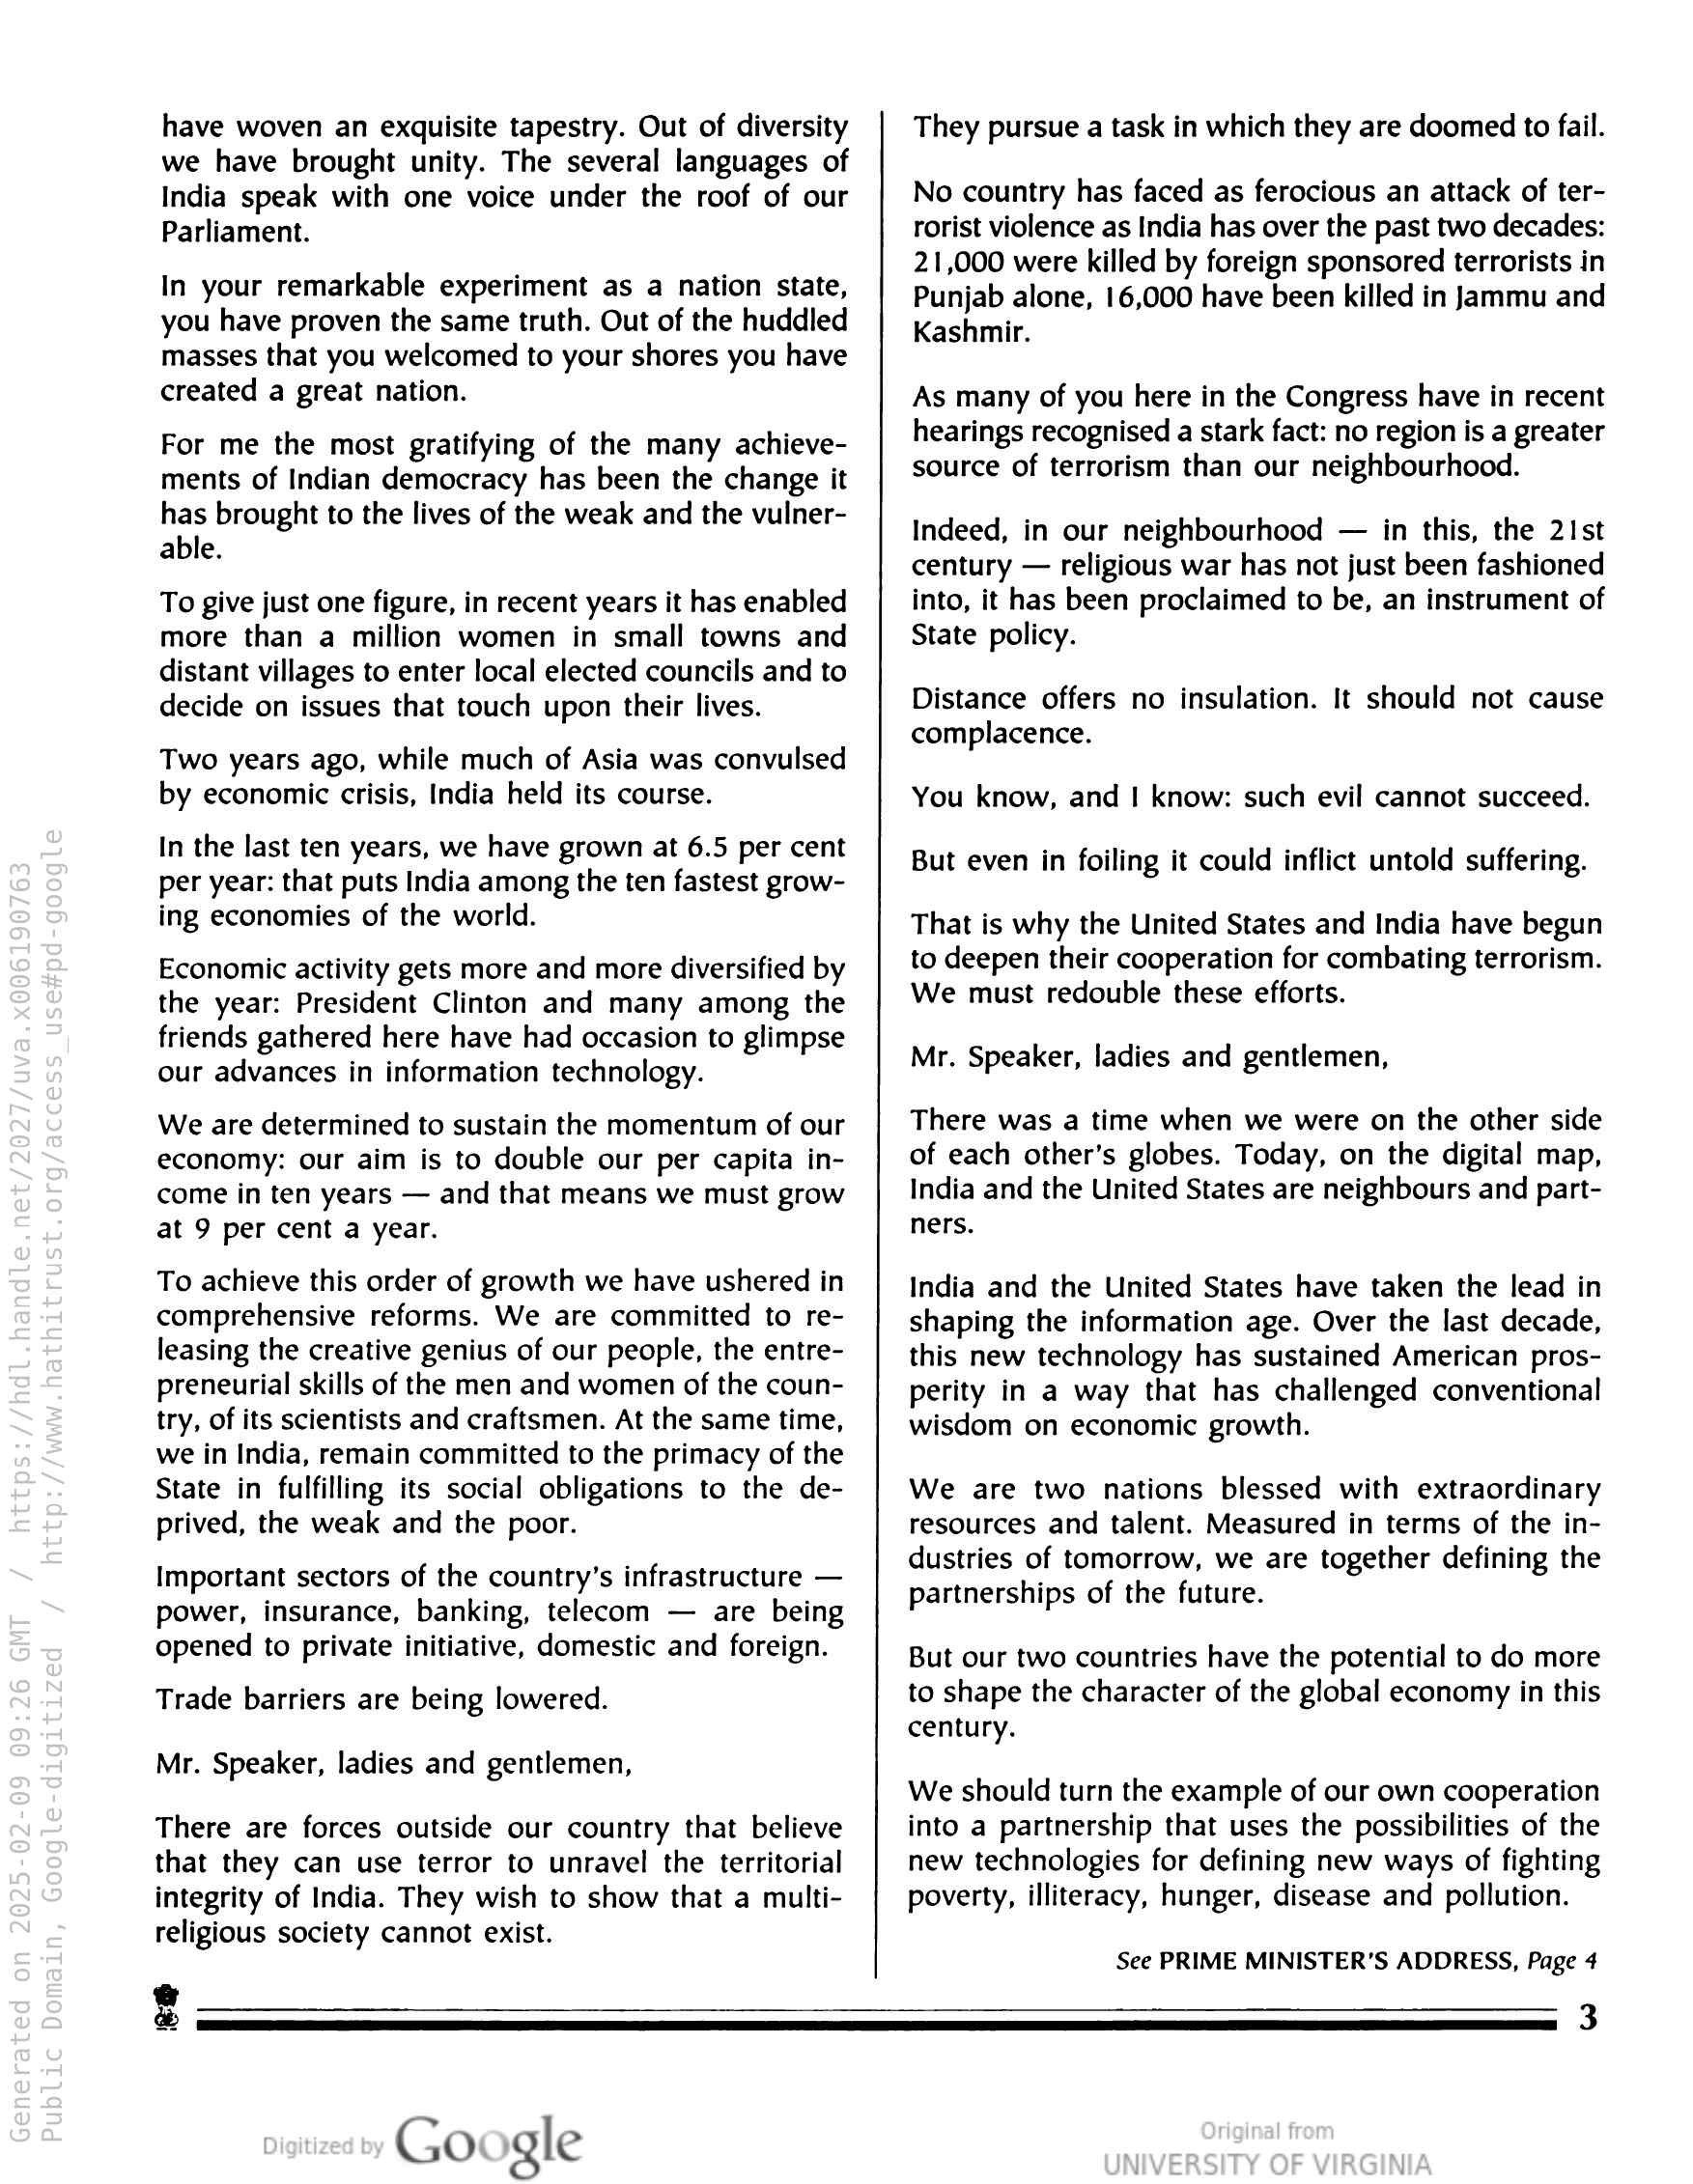
have woven an exquisite tapestry. Out of diversity
we have brought unity. The several languages of
India speak with one voice under the roof of our
Parliament.

In your remarkable experiment as a nation state,
you have proven the same truth. Out of the huddled
masses that you welcomed to your shores you have
created a great nation.

For me the most gratifying of the many achieve-
ments of Indian democracy has been the change it
has brought to the lives of the weak and the vulner-
able.

To give just one figure, in recent years it has enabled
more than a million women in small towns and
distant villages to enter local elected councils and to
decide on issues that touch upon their lives.

Two years ago, while much of Asia was convulsed
by economic crisis, India held its course.

In the last ten years, we have grown at 6.5 per cent
per year: that puts India among the ten fastest grow-
ing economies of the world.

Economic activity gets more and more diversified by
the year: President Clinton and many among the
friends gathered here have had occasion to glimpse
our advances in information technology.

We are determined to sustain the momentum of our
economy: our aim is to double our per capita in-
come in ten years — and that means we must grow
at 9 per cent a year.

To achieve this order of growth we have ushered in
comprehensive reforms. We are committed to re-
leasing the creative genius of our people, the entre-
preneurial skills of the men and women of the coun-
try, of its scientists and craftsmen. At the same time,
we in India, remain committed to the primacy of the
State in fulfilling its social obligations to the de-
prived, the weak and the poor.

Important sectors of the country’s infrastructure —
power, insurance, banking, telecom — are being
opened to private initiative, domestic and foreign.

Trade barriers are being lowered.
Mr. Speaker, ladies and gentlemen,

There are forces outside our country that believe
that they can use terror to unravel the territorial
integrity of India. They wish to show that a multi-
religious society cannot exist.

They pursue a task in which they are doomed to fail.

No country has faced as ferocious an attack of ter-
rorist violence as India has over the past two decades:
21,000 were killed by foreign sponsored terrorists in
Punjab alone, 16,000 have been killed in Jammu and
Kashmir.

As many of you here in the Congress have in recent
hearings recognised a stark fact: no region is a greater
source of terrorism than our neighbourhood.

Indeed, in our neighbourhood — in this, the 21st
century — religious war has not just been fashioned
into, it has been proclaimed to be, an instrument of
State policy.

Distance offers no insulation. It should not cause
complacence.

You know, and | know: such evil cannot succeed.
But even in foiling it could inflict untold suffering.

That is why the United States and India have begun
to deepen their cooperation for combating terrorism.
We must redouble these efforts.

Mr. Speaker, ladies and gentlemen,

There was a time when we were on the other side
of each other’s globes. Today, on the digital map,
India and the United States are neighbours and part-
ners.

India and the United States have taken the lead in
shaping the information age. Over the last decade,
this new technology has sustained American pros-
perity in a way that has challenged conventional
wisdom on economic growth.

We are two nations blessed with extraordinary
resources and talent. Measured in terms of the in-
dustries of tomorrow, we are together defining the
partnerships of the future.

But our two countries have the potential to do more
to shape the character of the global economy in this
century.

We should turn the example of our own cooperation
into a partnership that uses the possibilities of the
new technologies for defining new ways of fighting
poverty, illiteracy, hunger, disease and pollution.

See PRIME MINISTER'S ADDRESS, Page 4

P

Google

3